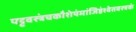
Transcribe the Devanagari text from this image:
पट्टवस्त्रंचकौशेयंमांजिष्ठंश्वेतवस्त्रकं